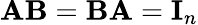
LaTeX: \mathbf{AB}=\mathbf{BA}=\mathbf{I}_{n}